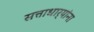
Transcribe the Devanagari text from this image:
सत्ताधार्‍यांना